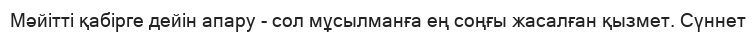
Мәйітті қабірге дейін апару - сол мұсылманға ең соңғы жасалған қызмет. Сүннет